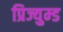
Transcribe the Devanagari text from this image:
प्रिज्युम्ड